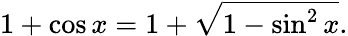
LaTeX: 1+\cos x=1+{\sqrt{1-\sin^{2}x}}.